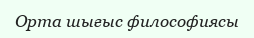
Орта шығыс философиясы